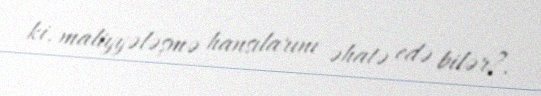
ki, maliyyələşmə hansılarını əhatə edə bilər?.